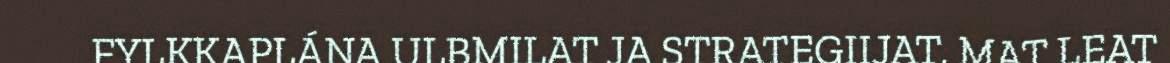
FYLKKAPLÁNA ULBMILAT JA STRATEGIIJAT, MAT LEAT